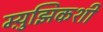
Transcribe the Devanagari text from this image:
म्य़ुझिकशी